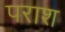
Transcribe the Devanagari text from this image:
पराश